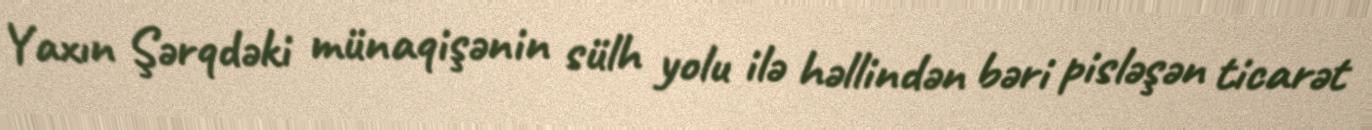
Yaxın Şərqdəki münaqişənin sülh yolu ilə həllindən bəri pisləşən ticarət